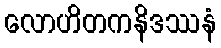
လောဟိတကနိဒဿနံ